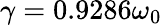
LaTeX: \gamma=0.9286\omega_{0}